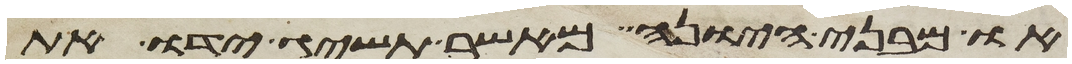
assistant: או מבני היונה מאשר תשיג ידו את